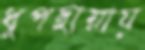
ধূপছায়ায়